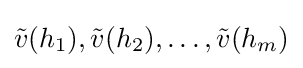
{\tilde {v}}(h_{1}),{\tilde {v}}(h_{2}),\dotsc ,{\tilde {v}}(h_{m})